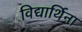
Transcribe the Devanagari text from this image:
विद्यार्थिना